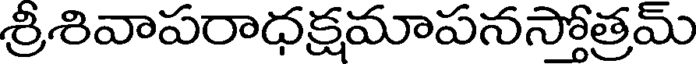
శ్రీశివాపరాధక్షమాపనస్తోత్రమ్